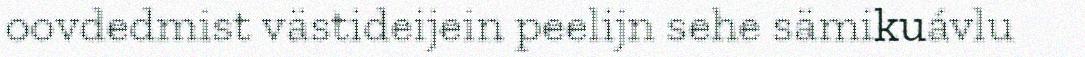
oovdedmist västideijein peelijn sehe sämikuávlu